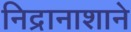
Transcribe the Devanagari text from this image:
निद्रानाशाने